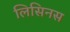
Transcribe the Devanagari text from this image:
लिसिनस